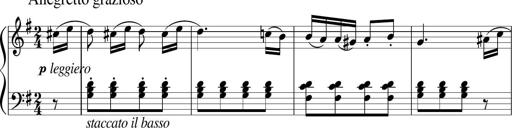
Title: 3 Sonatinen
Composer: Heinrich Lichner